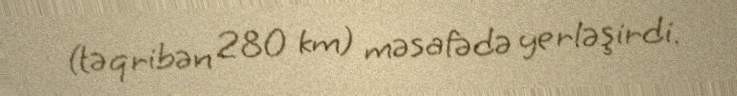
(təqribən 280 km) məsafədə yerləşirdi.